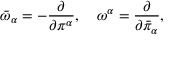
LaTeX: { \bar { \omega } } _ { \alpha } = - \frac { \partial } { \partial \pi ^ { \alpha } } , \quad { \omega } ^ { \alpha } = \frac { \partial } { \partial { \bar { \pi } } _ { \alpha } } ,